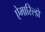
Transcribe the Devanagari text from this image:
ऐमारिल्डो